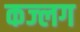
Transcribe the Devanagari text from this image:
कज्लग